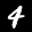
Label: 4